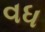
વધ